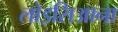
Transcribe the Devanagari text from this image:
लोइसिआना